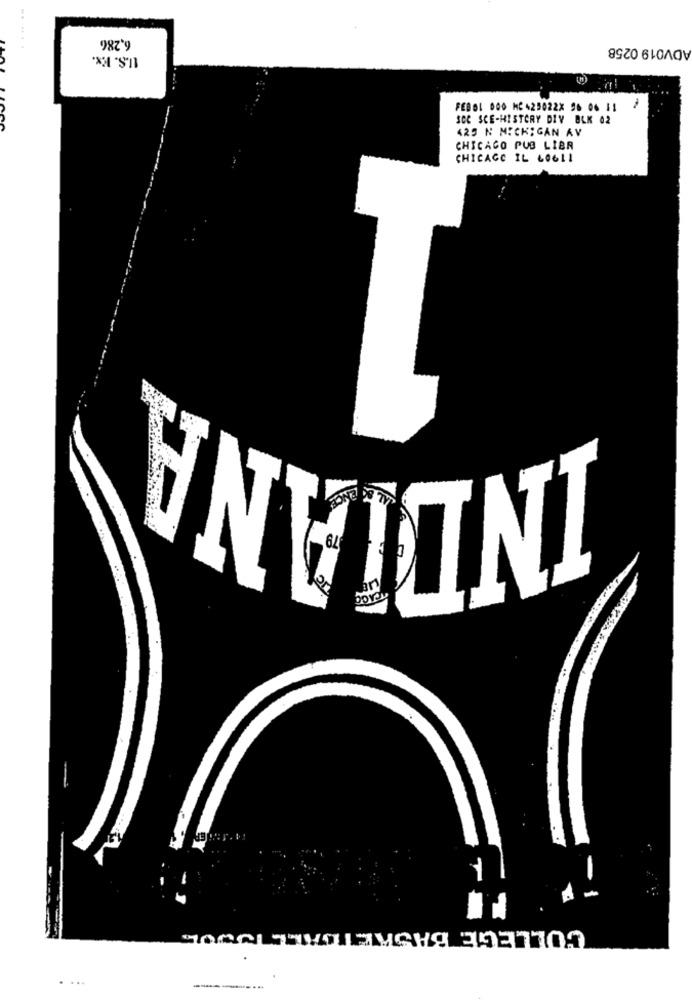
6,286
ADV019 0258
U.S. Ex.
FEBOL 000 MC +25022X 96 06 11
SCC SCE-HISTORY DIV BLK 02
425 N MICHIGAN AV
CHICAGO PUB LIBR
CHICAGO IL LOGLI
UNVIENI
COLLEGE BASKETBALL TUWOL